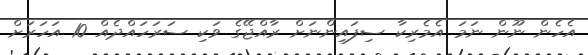
އެހެން ނޫން ނަމަ އެމެރިކާ ސިފައިންނަށް ރާއްޖޭގެ ވަކި ސަރަހައްދެއް 10 އަހަރަށް